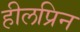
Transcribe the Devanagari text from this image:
हीलप्रिन